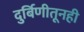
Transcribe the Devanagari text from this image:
दुर्बिणीतूनही